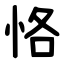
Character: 恪